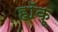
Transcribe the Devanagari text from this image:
हॉकू